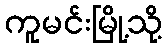
ကူမင်းမြို့သို့